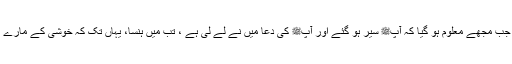
پھر مجھے دیا، جب مجھے معلوم ہو گیا کہ آپﷺ سیر ہو گئے اور آپﷺ کی دعا میں نے لے لی ہے ، تب میں ہنسا، یہاں تک کہ خوشی کے مارے زمین پر گر گیا۔